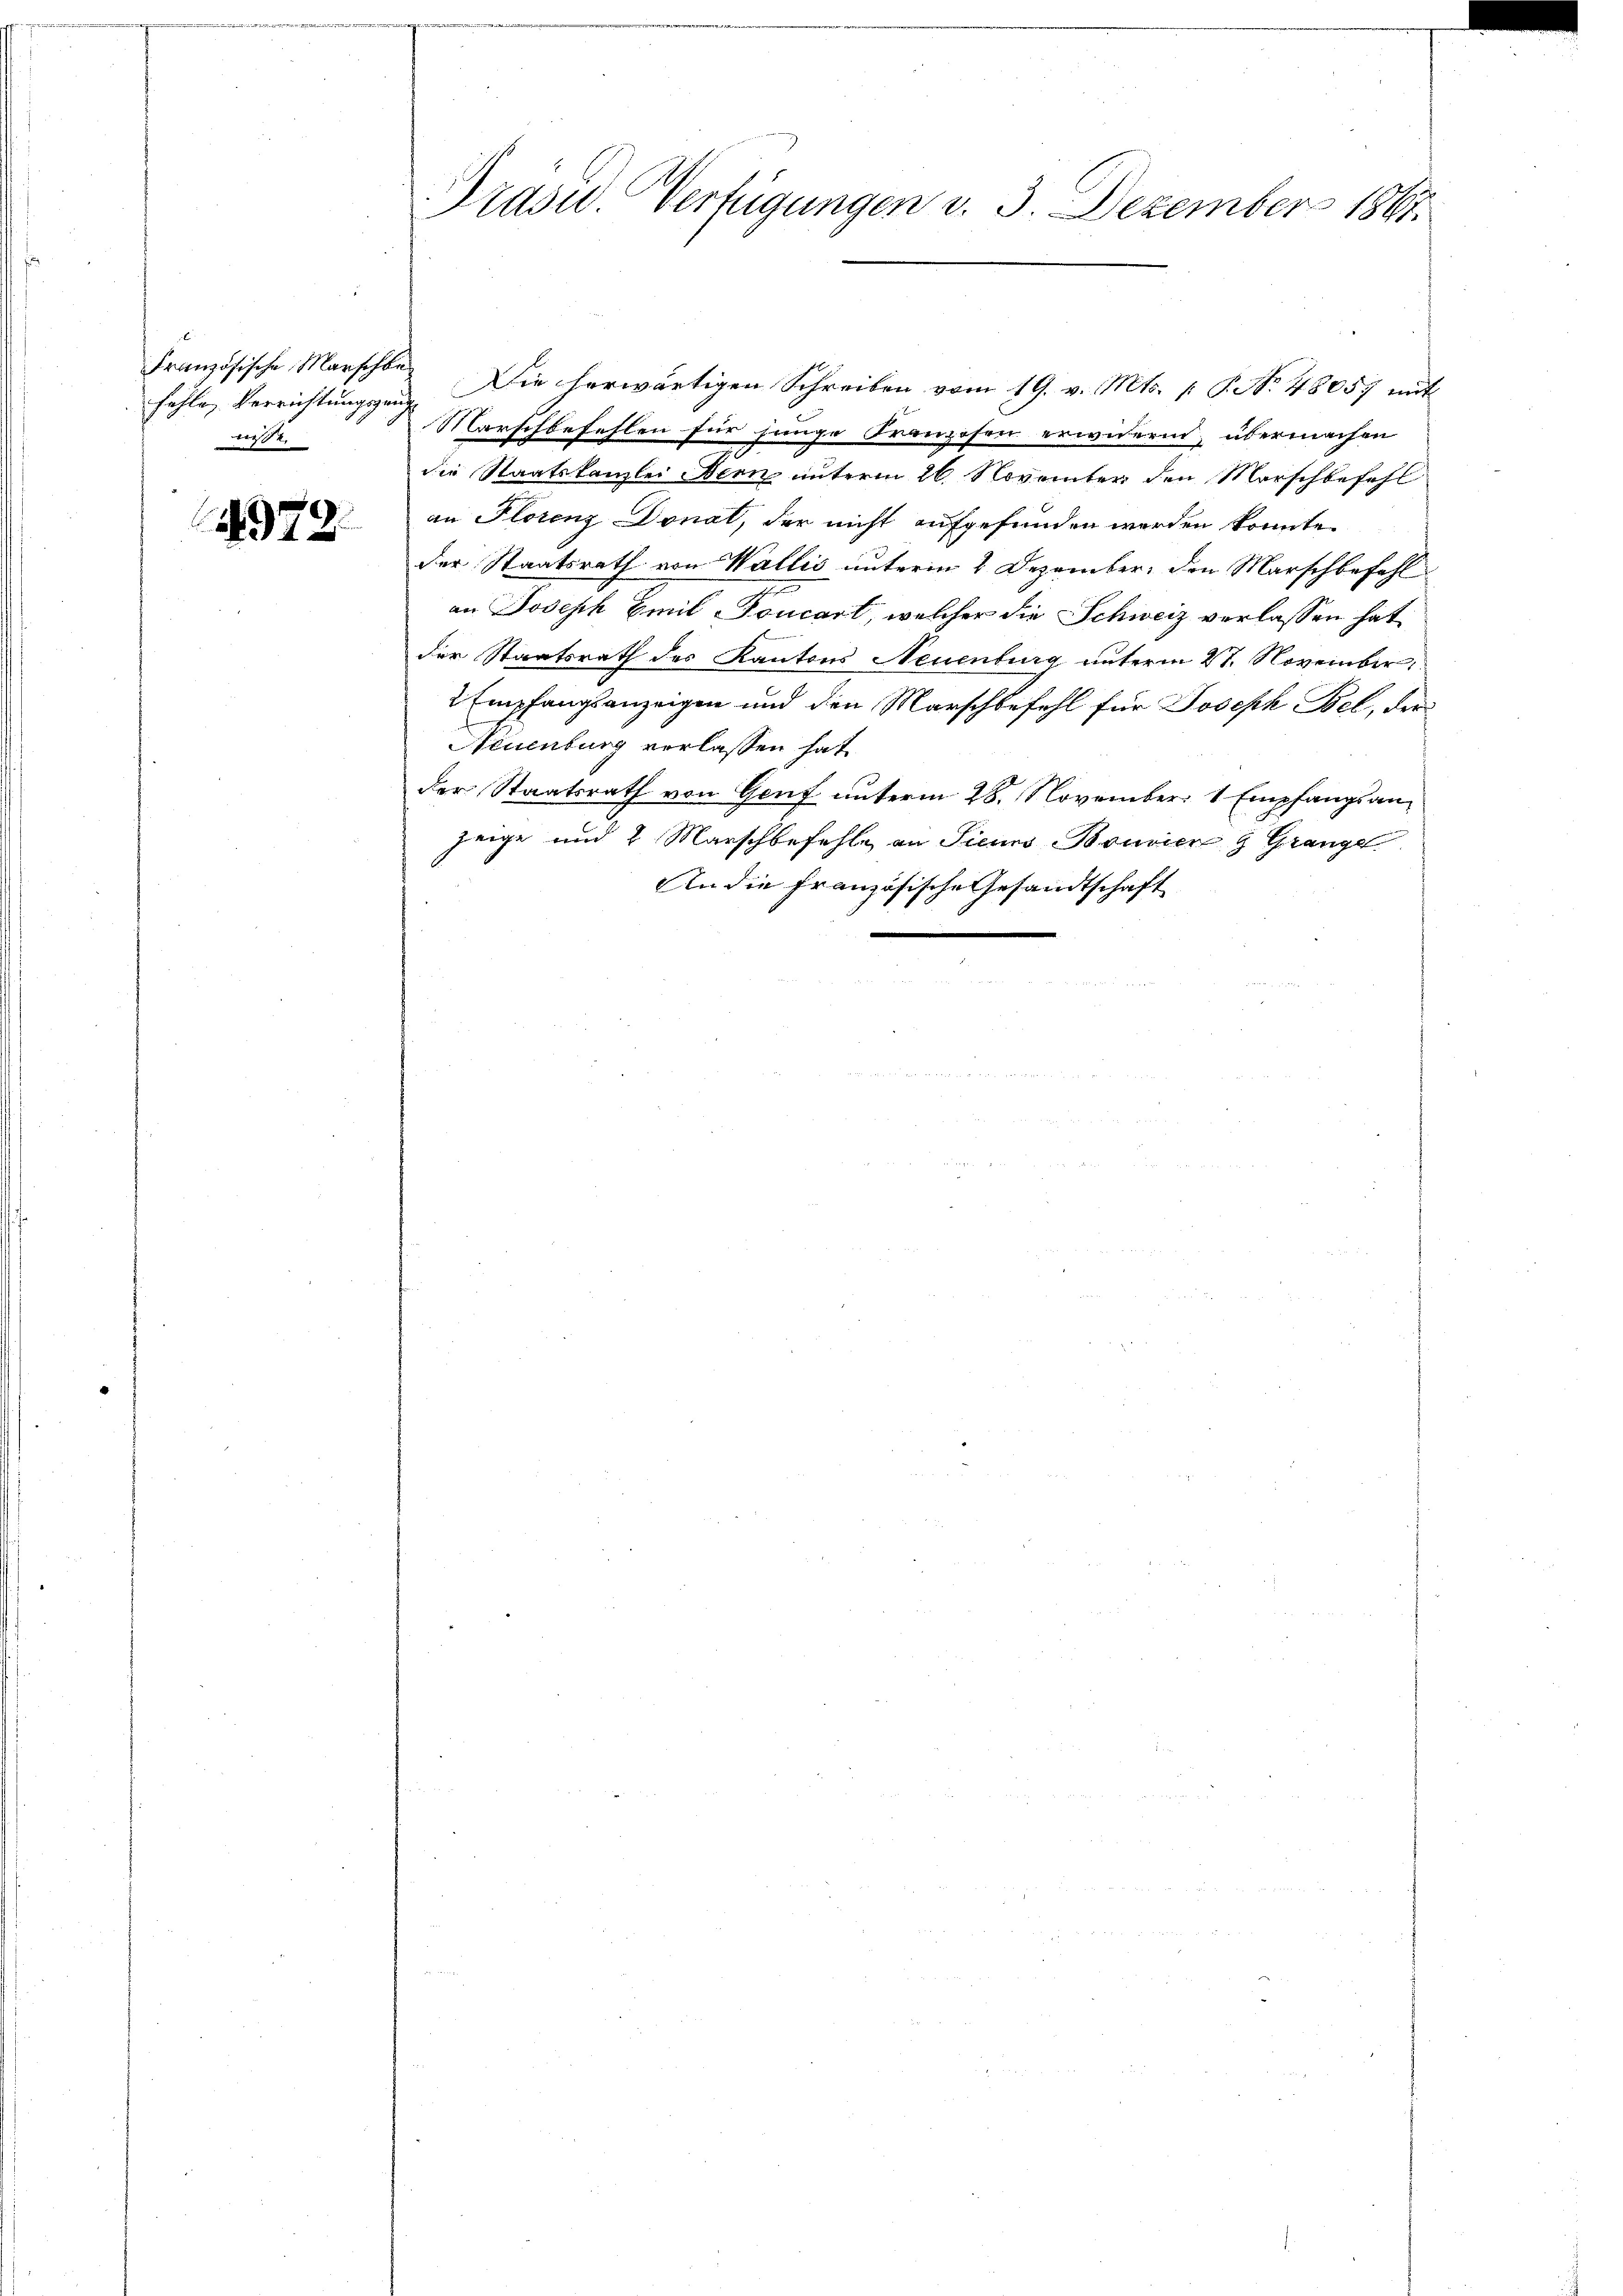
fehlen Verrichtungsgange
nisse.

4979.

Präsid. Verfügungen v. 3. Dezember 1861.

Französische Marschbar. Die herwärtigen Schreiben vom 19. v. Mts. p. G. No. 48057 mit
Marschbefehlen für junge Franzosen erwidern, übermachen
die Staatskanzlei Bern unterm 26. November den Morschbefehl
an Florenz Donat, der nicht aufgefunden werden könnte.
der Staatsrath von Wallis unterm 4 Dezember, den Marschbefehl
an Joseph Emil Toncart, welcher die Schweiz verlassen hat
der Staatsrath des Kantons Neuenburg unterm 27. November
2 Empfangsanzeigen und den Marschbefehl für Joseph Bel, der
Neuenburg verlassen hat.
der Staatsrath von Genf unterm 28. November 1 Empfangsanzeige und 2 Marschbefehle an Sieurs Bouvier 9 Gränze
An die Französische Gesandtschaft